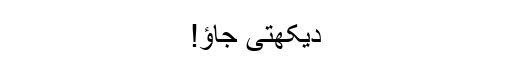
دیکھتی جاؤ!